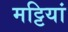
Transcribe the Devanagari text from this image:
मट्टियां